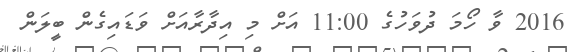
2016 ވާ ހޯމަ ދުވަހުގެ 11:00 އަށް މި އިދާރާއަށް ވަޑައިގެން ބީލަން